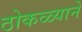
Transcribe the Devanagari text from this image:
ठोकळ्याने